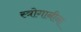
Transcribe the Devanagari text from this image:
स्त्रोगानीना